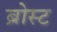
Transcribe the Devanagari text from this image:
ब्रोस्ट